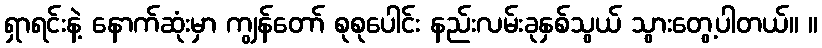
ရှာရင်းနဲ့ နောက်ဆုံးမှာ ကျွန်တော် စုစုပေါင်း နည်းလမ်းခုနှစ်သွယ် သွားတွေ့ပါတယ်။ ။